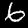
Digit: 6